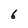
Character: 6